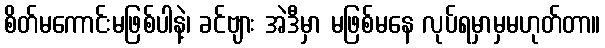
စိတ်မကောင်းမဖြစ်ပါနဲ့၊ ခင်ဗျား အဲဒီမှာ မဖြစ်မနေ လုပ်ရမှာမှမဟုတ်တာ။